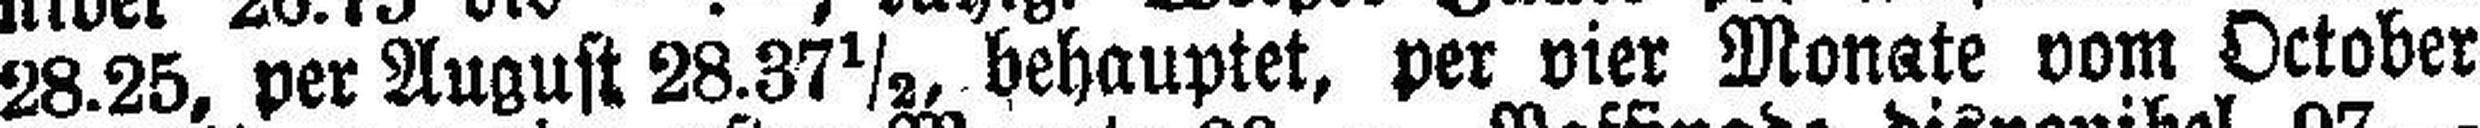
28.25, per August 28.37½, behauptet, per vier Monate vom October